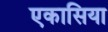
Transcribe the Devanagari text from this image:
एकासिया